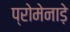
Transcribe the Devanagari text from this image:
प्रोमेनाड़े